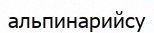
альпинарийсу